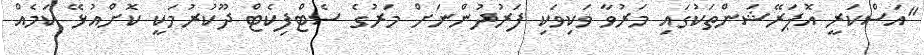
"އަސްކަރީ އޮޕަރޭޝަންތަކުގައި މަރުވާ ވަކިވަކި ފަރުދުންނަށް މަރުގެ ސެޓްފިކެޓް ދޫކުރުމަކީ ކޮށްއުޅޭ ކަމެއް